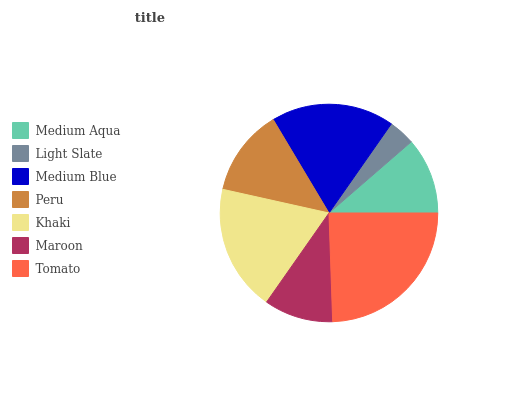
| Medium Aqua | Light Slate | Medium Blue | Peru | Khaki | Maroon | Tomato |
 | --- | --- | --- | --- | --- | --- | --- |
 | 11.3% | 3.93% | 18.3% | 12.9% | 18.8% | 10.3% | 24.5% |